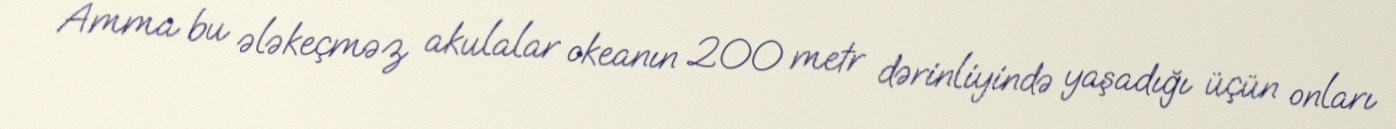
Amma bu ələkeçməz akulalar okeanın 200 metr dərinliyində yaşadığı üçün onları